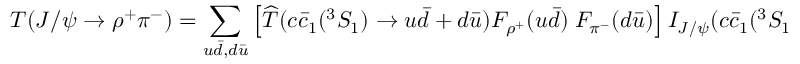
{ \cal T } ( J / \psi \to \rho ^ { + } \pi ^ { - } ) = \sum _ { u \bar { d } , d \bar { u } } \left[ \widehat { \cal T } ( c \bar { c } _ { 1 } ( ^ { 3 } S _ { 1 } ) \to u \bar { d } + d \bar { u } ) { \cal F } _ { \rho ^ { + } } ( u \bar { d } ) \; { \cal F } _ { \pi ^ { - } } ( d \bar { u } ) \right] { \cal I } _ { J / \psi } ( c \bar { c } _ { 1 } ( ^ { 3 } S _ { 1 } ) ) .